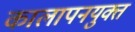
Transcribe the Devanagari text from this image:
कालापनयुक्त